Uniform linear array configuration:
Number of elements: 4
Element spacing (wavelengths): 0.75
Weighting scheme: hamming
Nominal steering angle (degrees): -15
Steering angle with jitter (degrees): -13.021
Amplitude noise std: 0.05
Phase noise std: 0.05

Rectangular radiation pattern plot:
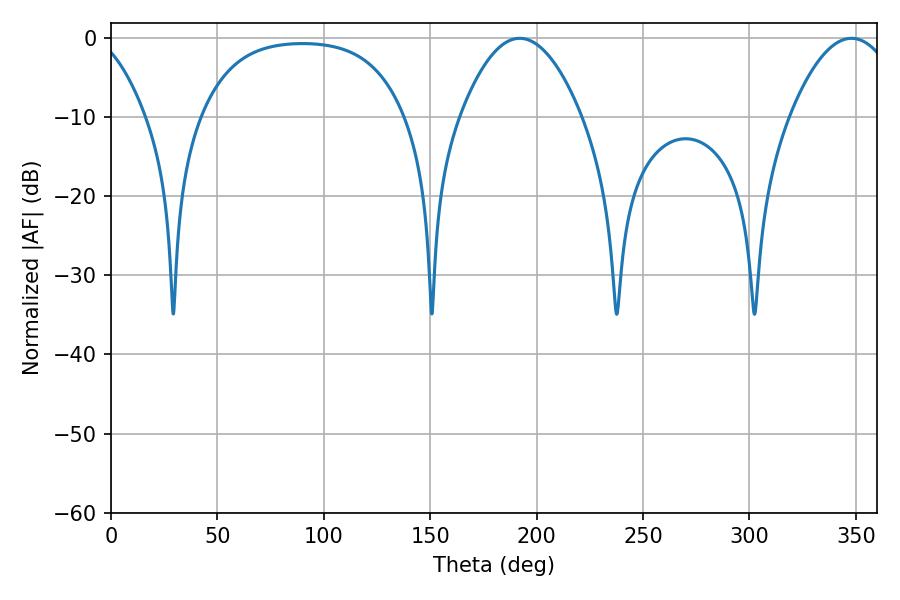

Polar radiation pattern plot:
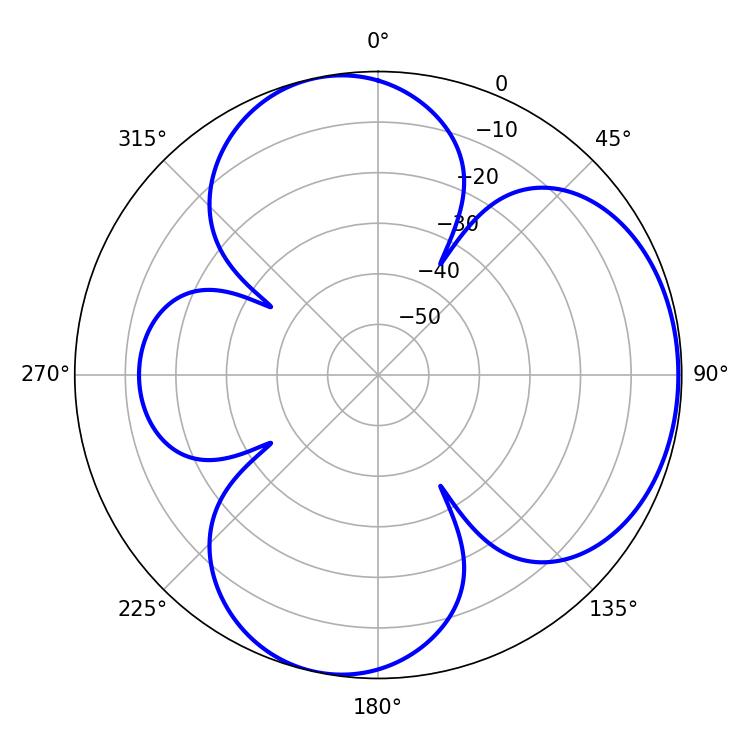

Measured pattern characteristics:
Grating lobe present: TRUE
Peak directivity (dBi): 5.033
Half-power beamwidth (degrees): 31.32
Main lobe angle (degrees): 192.06